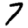
Digit: 7